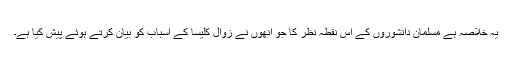
یہ خلاصہ ہے مسلمان دانشوروں کے اس نقطہ نظر کا جو انھوں نے زوال کلیسا کے اسباب کو بیان کرتے ہوئے پیش کیا ہے۔